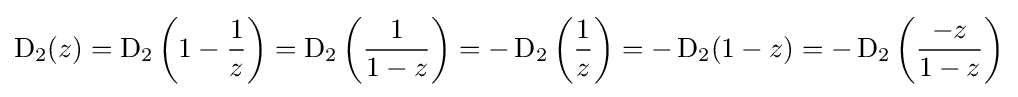
\operatorname {D} _{2}(z)=\operatorname {D} _{2}\left(1-{\frac {1}{z}}\right)=\operatorname {D} _{2}\left({\frac {1}{1-z}}\right)=-\operatorname {D} _{2}\left({\frac {1}{z}}\right)=-\operatorname {D} _{2}(1-z)=-\operatorname {D} _{2}\left({\frac {-z}{1-z}}\right)